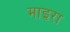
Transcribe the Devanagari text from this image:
माइरा